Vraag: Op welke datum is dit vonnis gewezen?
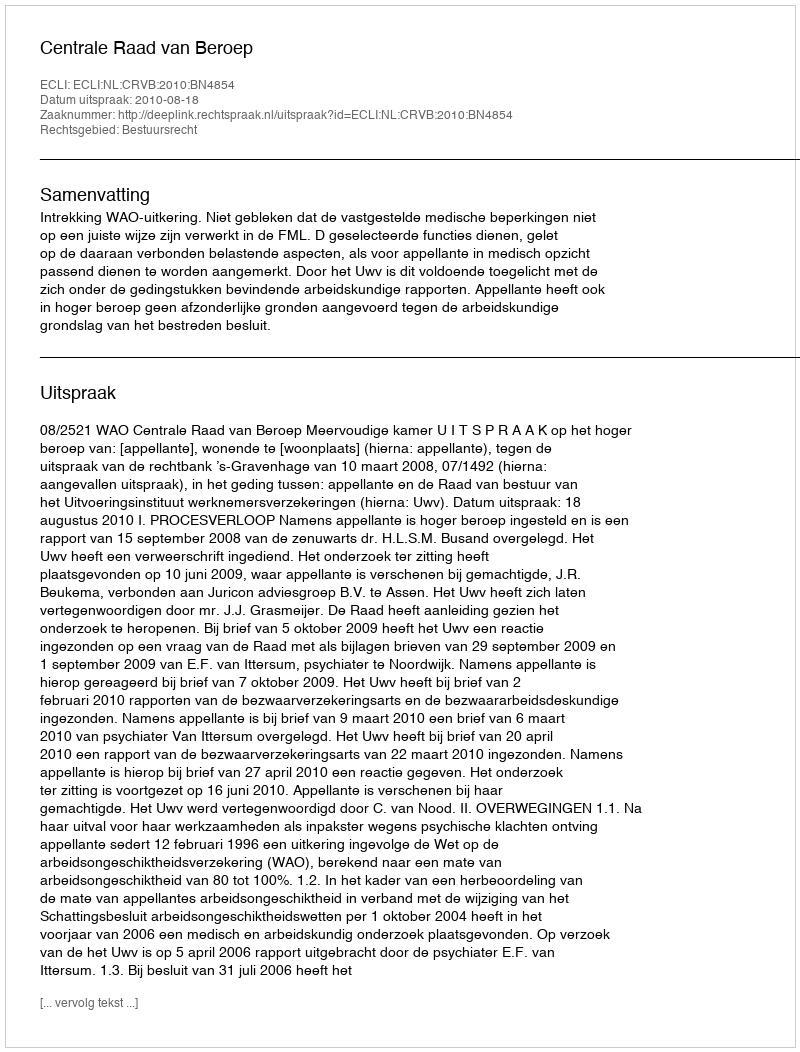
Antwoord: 2010-08-18